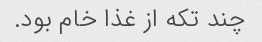
چند تکه از غذا خام بود.